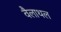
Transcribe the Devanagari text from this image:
वैलाथल